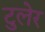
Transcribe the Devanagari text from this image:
टुलेर